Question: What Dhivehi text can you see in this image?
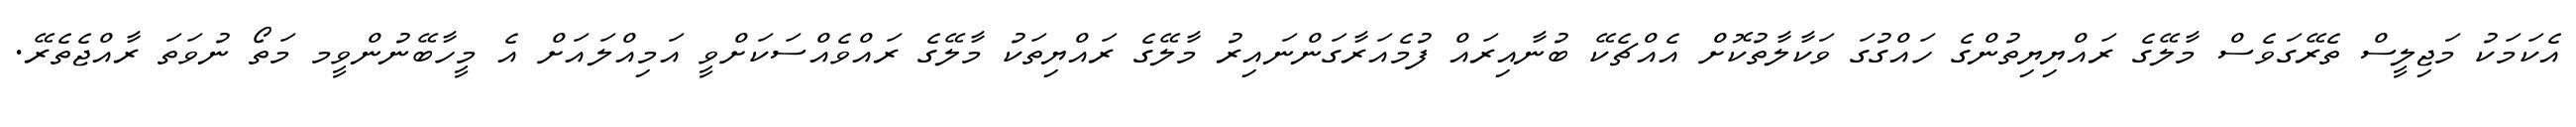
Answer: އެކަމަކު މަޖިލީސް ތެރޭގަވެސް މާލޭގެ ރައްޔިޔިތުންގެ ހައްގުގަ ވަކާލާތުކޮށް އެއްޗެކޭ ބުނާއިރައް ފުމެއަރާގަންނައިރު މާލޭގެ ރައްޔިތަކު މާލޭގެ ރައްވެއްސަކަށްވީ އަމިއްލައަށް އެ މީހާބޭނުންވީމ މަތޯ ނުވަތަ ރާއްޖެތެރޭ.